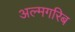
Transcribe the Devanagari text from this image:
अल्मगरिब